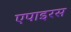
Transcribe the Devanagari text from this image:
एपाइरस